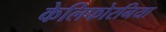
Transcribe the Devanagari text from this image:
केलिफोरनिया